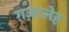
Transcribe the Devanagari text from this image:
ग़ज़ालेह